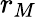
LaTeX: r_{M}